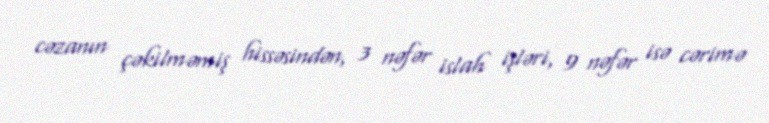
cəzanın çəkilməmiş hissəsindən, 3 nəfər islah işləri, 9 nəfər isə cərimə